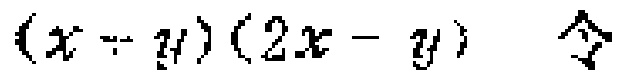
$(x + y)(2x - y)$ 令